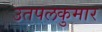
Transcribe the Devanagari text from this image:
उतपलकुमार